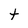
Character: t